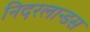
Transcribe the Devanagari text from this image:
निदरलान्डस